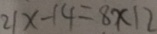
2 1 x - 1 4 = 8 x 1 2